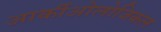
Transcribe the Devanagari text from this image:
आर्कीओलोजिकल